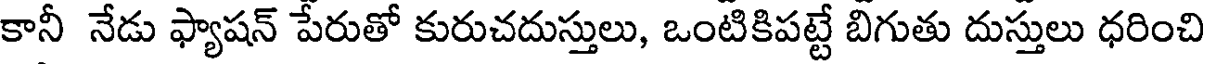
కానీ నేడు ఫ్యాషన్ పేరుతో కురుచదుస్తులు, ఒంటికిపట్టే బిగుతు దుస్తులు ధరించి